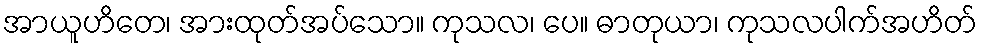
အာယူဟိတေ၊ အားထုတ်အပ်သော။ ကုသလ၊ ပေ။ ဓာတုယာ၊ ကုသလပါက်အဟိတ်